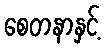
စေတနာနှင့်